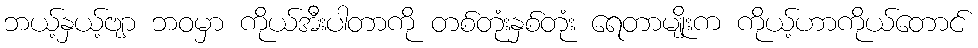
ဘယ့်နှယ့်ဗျာ ဘဝမှာ ကိုယ်အီးပါတာကို တစ်တုံးနှစ်တုံး ရေတာမျိုးက ကိုယ့်ဟာကိုယ်တောင်